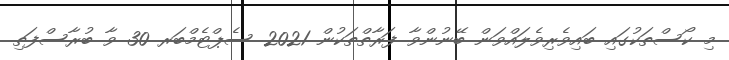
މި ކޯސްތަކުގައި ބައިވެރިވެލައްވަން ބޭނުންވާ ފަރާތްތަކުން 2021 ސެޕްޓެމްބަރ 30 ވާ ބުރާސްފަތި